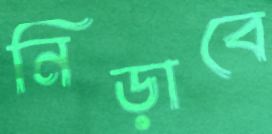
নিড়াবে